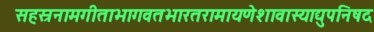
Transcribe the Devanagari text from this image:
सहस्रनामगीताभागवतभारतरामायणेशावास्याद्युपनिषद